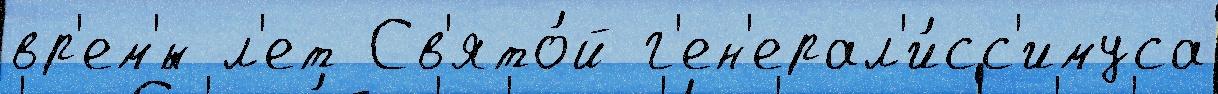
вр'ем'́н л'ет Св'ято́й г'ен'ерал'и́сс'имуса